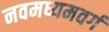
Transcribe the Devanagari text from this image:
नवमध्यमवर्ग